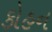
કોહન